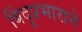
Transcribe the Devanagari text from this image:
बिंदूप्रभाराने